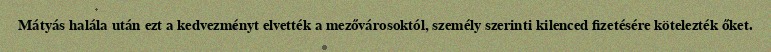
Mátyás halála után ezt a kedvezményt elvették a mezővárosoktól, személy szerinti kilenced fizetésére kötelezték őket.